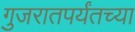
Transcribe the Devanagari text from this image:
गुजरातपर्यंतच्या